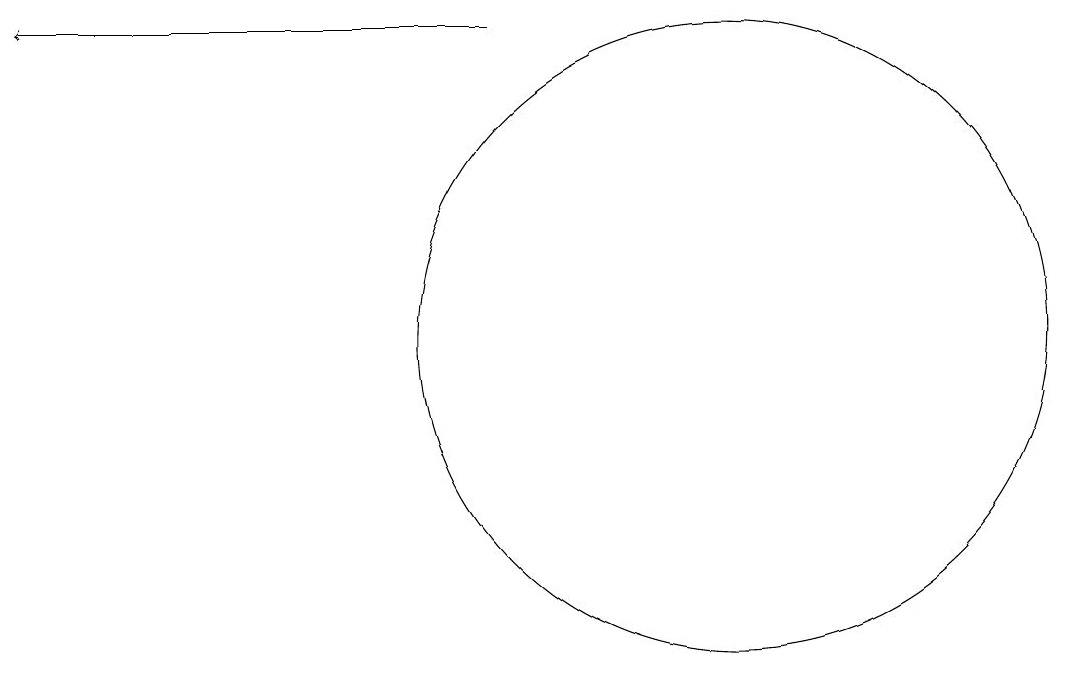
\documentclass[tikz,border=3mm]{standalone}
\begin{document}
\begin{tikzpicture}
\draw (10,11) circle (4);
\draw[->] (7,15) -- (1,15);
\draw (12,10) circle (0);
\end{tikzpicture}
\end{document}